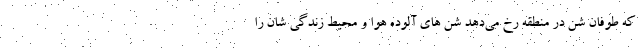
که طوفان شن در منطقه رخ می‌دهد شن های آلوده هوا و محیط زندگی شان را